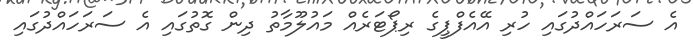
އެ ސަރަހައްދުގައި ހުރި އޭއެފްޕީގެ ރިޕޯޓަރެއް މައުލޫމާތު ދިން ގޮތުގައި އެ ސަރަހައްދުގައި